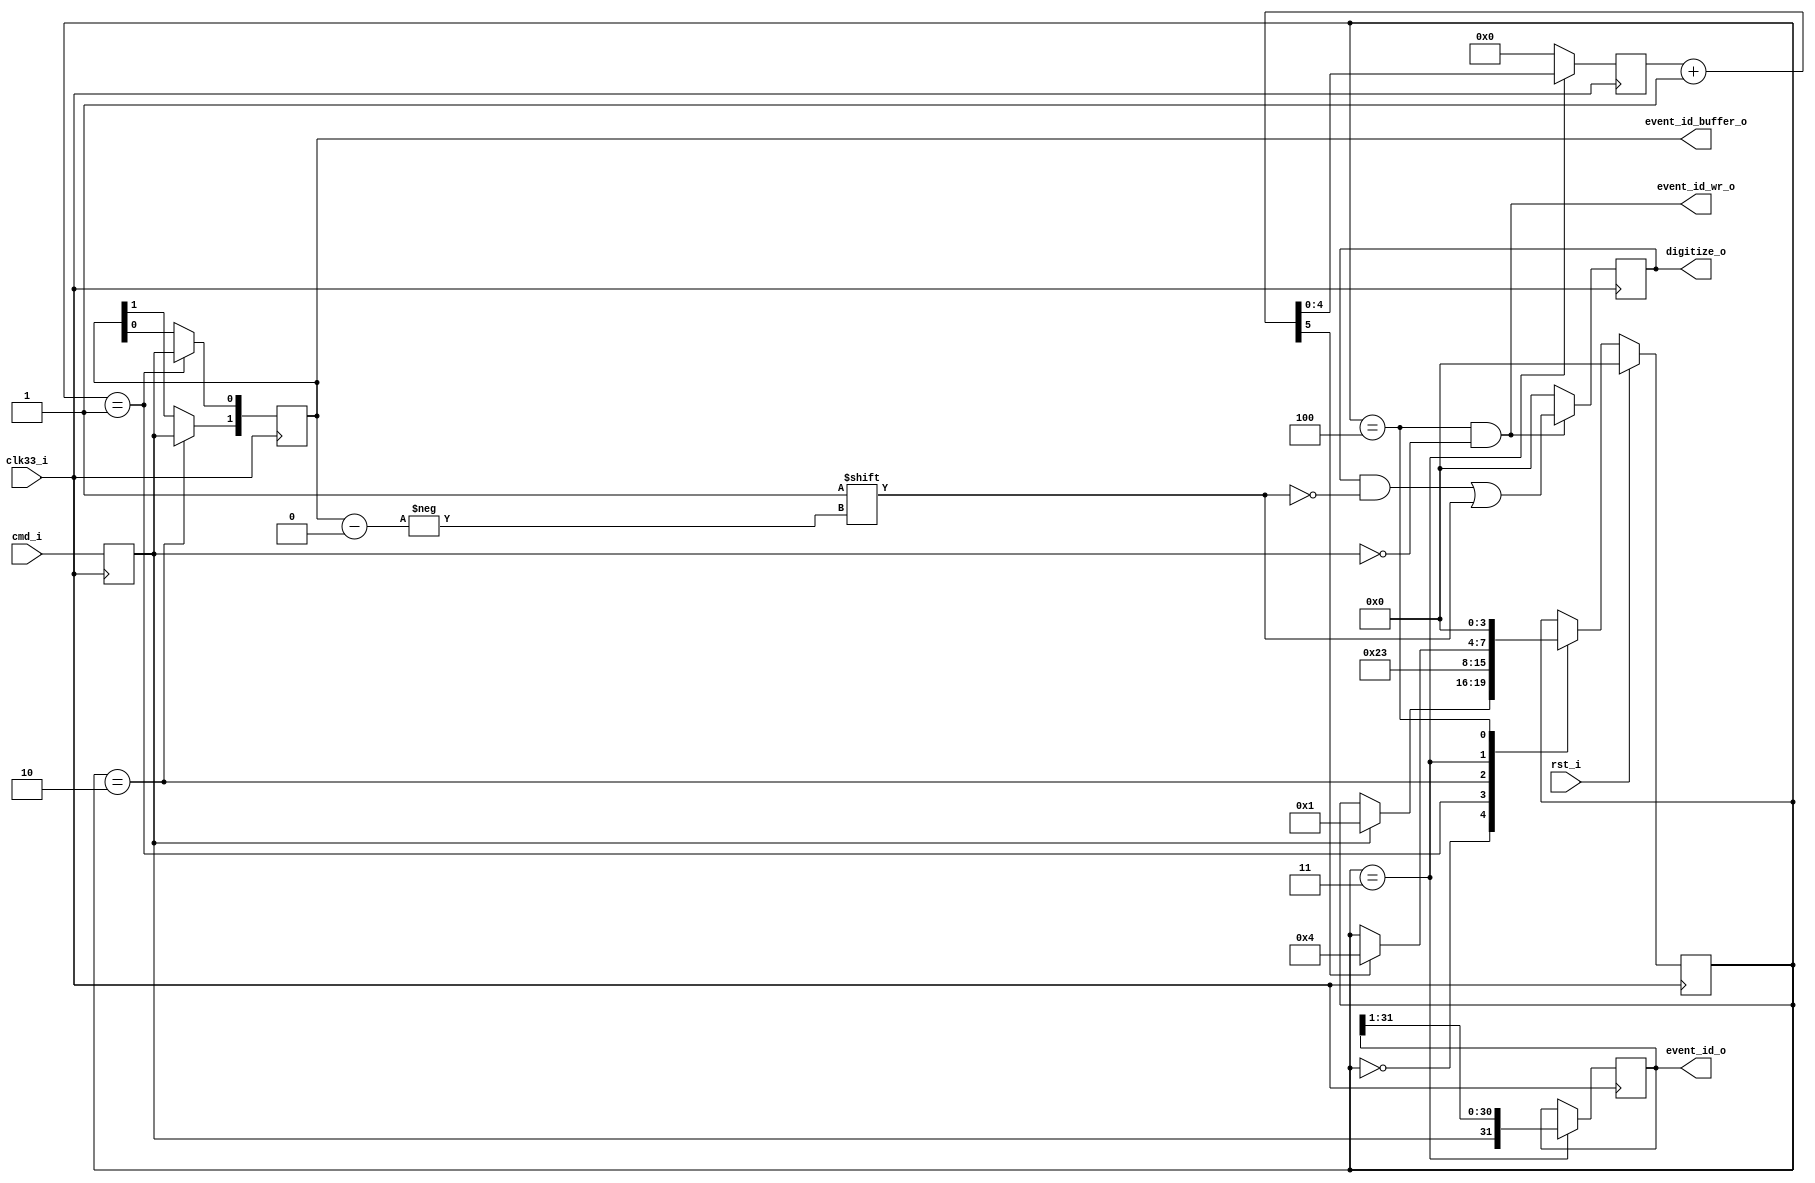
module SURF_command_receiver( input         clk33_i,
			      input 	    rst_i,
			      input 	    cmd_i,
			      output [1:0]  event_id_buffer_o,
			      output 	    event_id_wr_o,
			      output [31:0] event_id_o,
			      output [3:0]  digitize_o );

   (* IOB = "TRUE" *)
   reg 					    cmd_in = 0;
   reg [1:0] 				    buf_bit = {2{1'b0}};   
   reg [31:0] 				    shift_in = {32{1'b0}};   
   reg [4:0] 				    shift_counter = {5{1'b0}};
   wire [5:0] 				    shift_counter_plus_one = shift_counter + 1;
   reg [3:0] 				    digitize_flag = {4{1'b0}};   
   
   always @(posedge clk33_i) begin : IOB_LOGIC
      cmd_in <= cmd_i;
   end

   localparam FSM_BITS = 4;
   localparam [FSM_BITS-1:0] IDLE = 0;
   localparam [FSM_BITS-1:0] BUF_BIT_0 = 1;
   localparam [FSM_BITS-1:0] BUF_BIT_1 = 2;
   localparam [FSM_BITS-1:0] SHIFT = 3;
   localparam [FSM_BITS-1:0] DIGITIZE = 4;
   reg [FSM_BITS-1:0] state = IDLE;

   always @(posedge clk33_i) begin : FSM_LOGIC
      if (rst_i) state <= IDLE;
      else begin
	 case (state)
	   IDLE: if (cmd_in) state <= BUF_BIT_0;
	   BUF_BIT_0: state <= BUF_BIT_1;
	   BUF_BIT_1: state <= SHIFT;
	   SHIFT: if (shift_counter_plus_one[5]) state <= DIGITIZE;
	   DIGITIZE: state <= IDLE;
	 endcase // case (state)
      end
   end // always @ (posedge clk33_i)
   
   always @(posedge clk33_i) begin
      if (state == BUF_BIT_0) buf_bit[0] <= cmd_in;
      if (state == BUF_BIT_1) buf_bit[1] <= cmd_in;
      if (state == SHIFT) begin
			shift_in <= {cmd_in,shift_in[31:1]};
      end

		if (state == SHIFT) shift_counter <= shift_counter_plus_one;
		else shift_counter <= {5{1'b0}};

      if (state == DIGITIZE && !cmd_in) digitize_flag[buf_bit] <= 1;
      else digitize_flag <= {4{1'b0}};      
   end

   assign digitize_o = digitize_flag;
   assign event_id_o = shift_in;
   assign event_id_wr_o = (state == DIGITIZE && !cmd_in);
   assign event_id_buffer_o = buf_bit;
      
endmodule // SURF_command_receiver